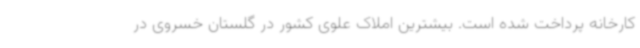
کارخانه پرداخت شده است. بیشترین املاک علوی کشور در گلستان خسروی در